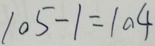
1 0 5 - 1 = 1 0 4